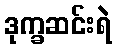
ဒုက္ခဆင်းရဲ